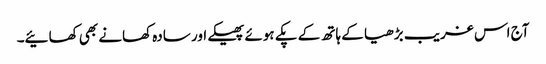
آج اس غریب بڑھیا کے ہاتھ کے پکے ہوئے پھیکے اور سادہ کھانے بھی کھائیے۔